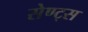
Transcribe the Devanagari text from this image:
सेण्ट्स